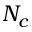
N _ { c }